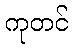
ကုတင်